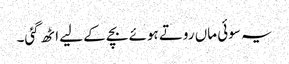
یہ سوئی ماں روتے ہوئے بچے کے لیے اٹھ گئی۔